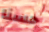
حسنا